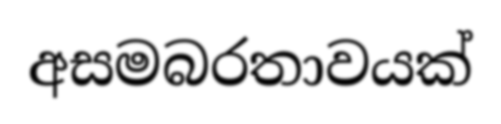
අසමබරතාවයක්